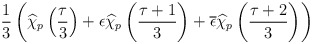
\begin{align*}\frac{1}{3}\left( \widehat{\chi }_{p}\left( \frac{\tau }{3}\right) +\epsilon \widehat{\chi }_{p}\left( \frac{\tau +1}{3}\right) +\overline{\epsilon }\widehat{\chi }_{p}\left( \frac{\tau +2}{3}\right) \right)\end{align*}